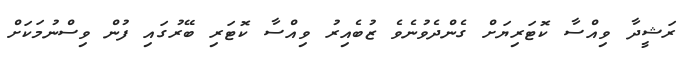
ރަޝީދާ ވިއްސާ ކޮޓަރިޔަށް ގެންދެވުނެވެ ޒުބެއިރު ވިއްސާ ކޮޓަރި ބޭރުގައި ފުން ވިސްނުމަކަށް